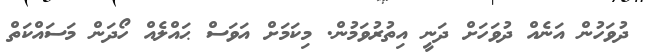
ދުވަހުން އަނެއް ދުވަހަށް ދަނީ އިތުރުވަމުން. މިކަމަށް އަވަސް ޙައްލެއް ހޯދަން މަސައްކަތް